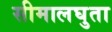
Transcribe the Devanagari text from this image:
सीमालघुता